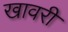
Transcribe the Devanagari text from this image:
खावरी